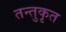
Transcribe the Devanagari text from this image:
तन्तुकृत